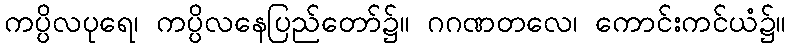
ကပ္ပိလပုရေ၊ ကပ္ပိလနေပြည်တော်၌။ ဂဂဏတလေ၊ ကောင်းကင်ယံ၌။